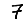
Digit: 7